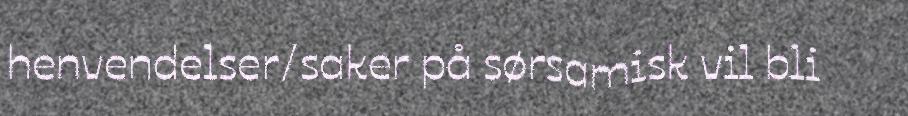
henvendelser/saker på sørsamisk vil bli